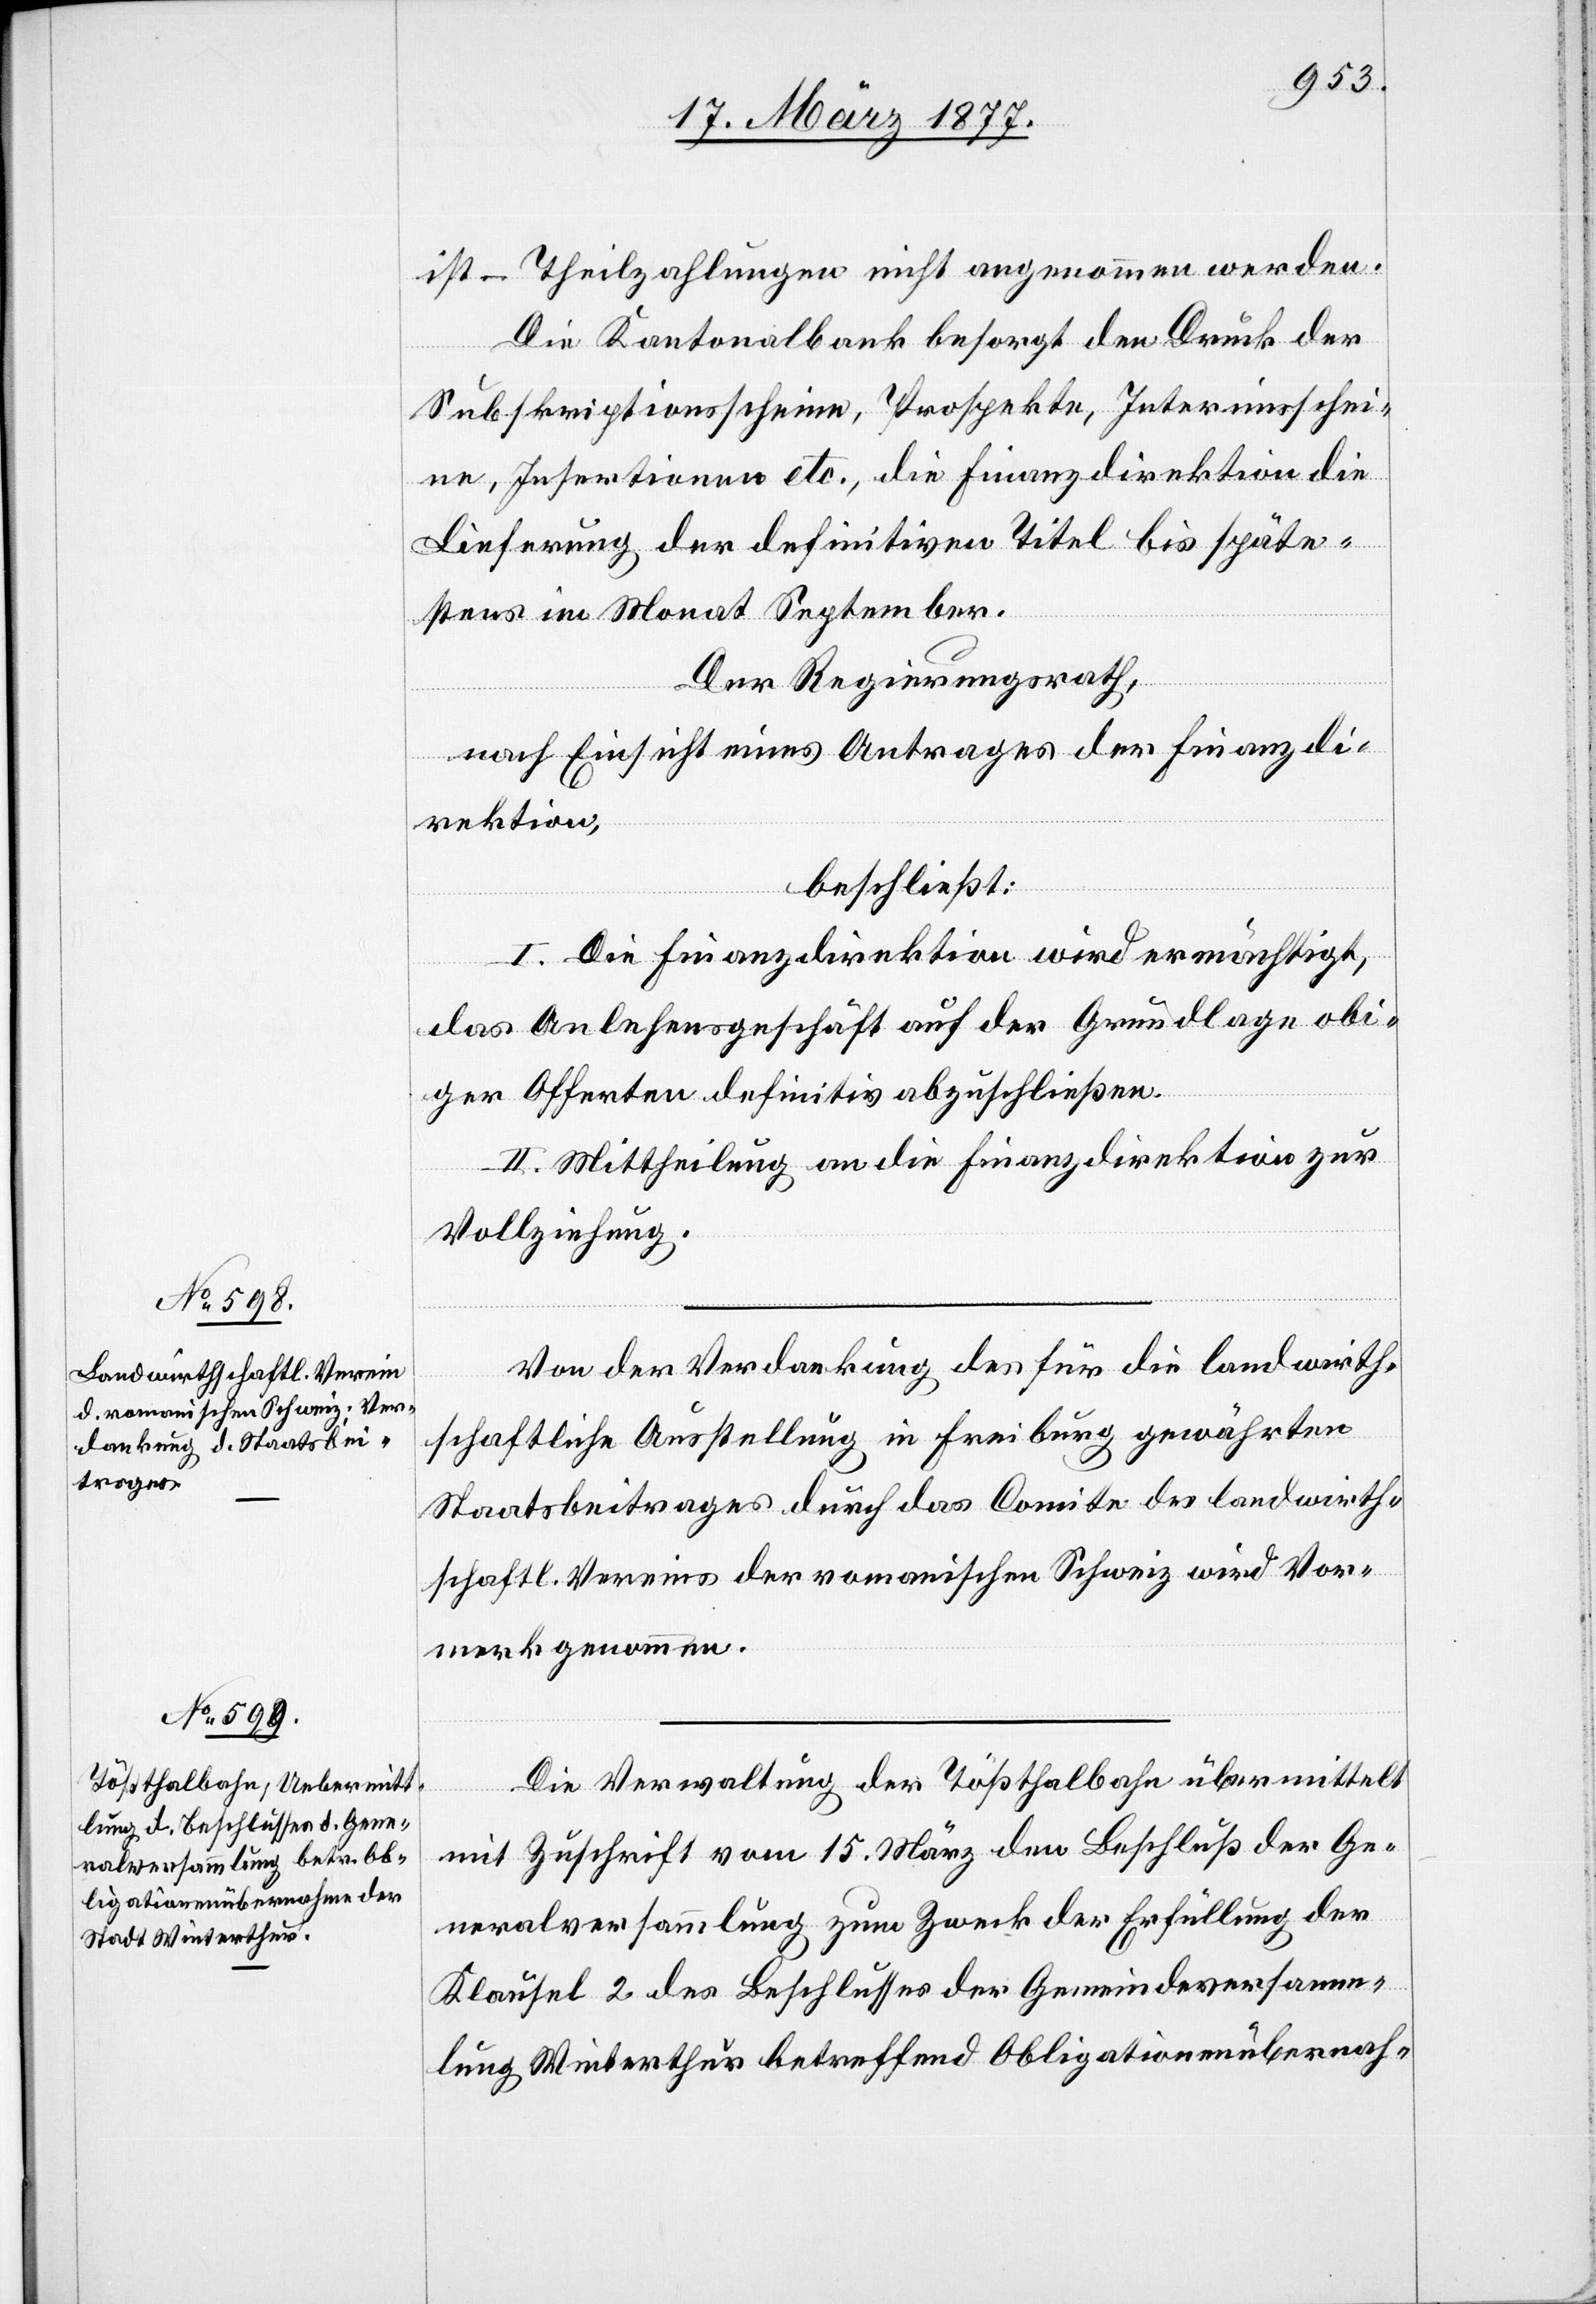
ist – Theilzahlungen nicht angenommen werden.
Die Kantonalbank besorgt den Druck der
Subskriptionsscheine, Prospekte, Interimsschei¬
ne, Insertionen etc., die Finanzdirektion die
Lieferung der definitiven Titel bis späte¬
stens im Monat September.
Der Regierungsrath,
nach Einsicht eines Antrages der Finanzdi¬
rektion,
beschließt:
I. Die Finanzdirektion wird ermächtigt,
das Anlehensgeschäft auf der Grundlage obi¬
ger Offerten definitiv abzuschließen.
II. Mittheilung an die Finanzdirektion zur
Vollziehung.
Von der Verdankung des für die landwirth¬
schaftliche Ausstellung in Freiburg gewährten
Staatsbeitrages durch das Comite des landwirth¬
schaftl. Vereins der romanischen Schweiz wird Vor¬
merk genommen.
Die Verwaltung der Tößthalbahn übermittelt
mit Zuschrift vom 15. März den Beschluß der Ge¬
neralversammlung zum Zweck der Erfüllung der
Klausel 2 des Beschlusses der Gemeindeversamm¬
lung Winterthur betreffend Obligationenübernah-